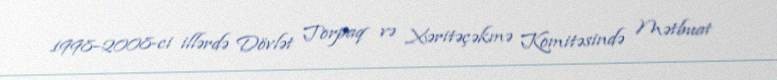
1998–2008-ci illərdə Dövlət Torpaq və Xəritəçəkmə Komitəsində Mətbuat